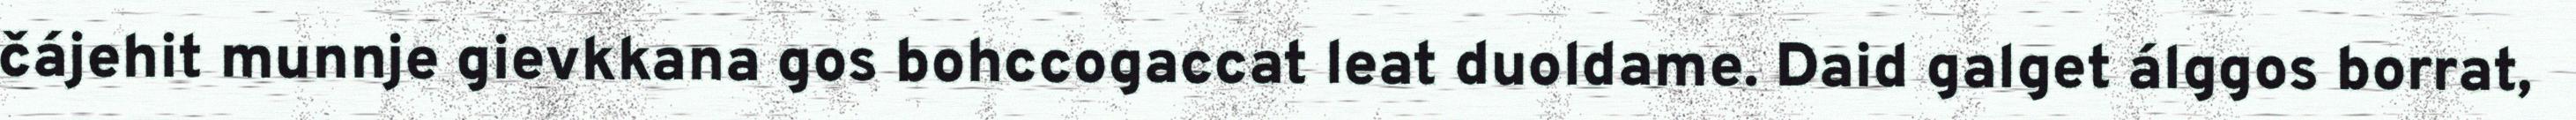
čájehit munnje gievkkana gos bohccogaccat leat duoldame. Daid galget álggos borrat,